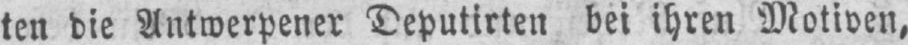
ten die Antwerpener Deputirten bei ihren Motiven,